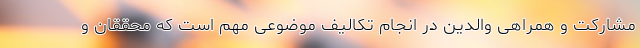
مشارکت و همراهی والدین در انجام تکالیف موضوعی مهم است که محققان و